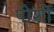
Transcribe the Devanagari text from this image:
पोर्शी